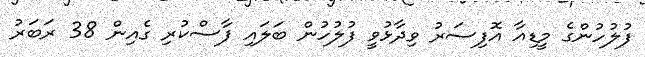
ފުލުހުންގެ މީޑިއާ އޮފިސަރު ވިދާޅުވީ ފުލުހުން ބަލައި ފާސްކުރި ގެއިން 38 ރަބަރު